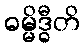
ဓမ္မိဒ္ဓီတိ